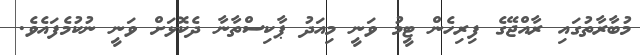
މުބާރާތުގައި ރާއްޖޭގެ ފިރިހެން ޓީމު ވަނީ މިއަދު ޕާކިސްތާނާ ދެކޮޅަށް ވަނީ ނުކުމެފައެވެ.